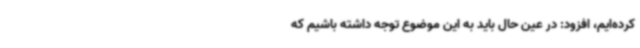
کرده‌ایم، افزود: در عین حال باید به این موضوع توجه داشته باشیم که